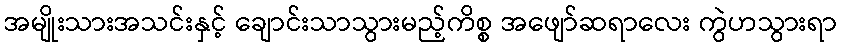
အမျိုးသားအသင်းနှင့် ချောင်းသာသွားမည့်ကိစ္စ အဖျော်ဆရာလေး ကွဲဟသွားရာ